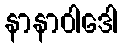
နာနာဝါဒေါ